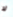
لا